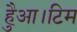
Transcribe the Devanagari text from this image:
हैुआ।टिम